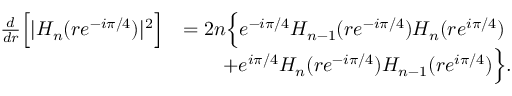
\begin{array} { r l } { \frac { d } { d r } \Big [ | H _ { n } ( r e ^ { - i \pi / 4 } ) | ^ { 2 } \Big ] } & { = 2 n \Big \{ e ^ { - i \pi / 4 } H _ { n - 1 } ( r e ^ { - i \pi / 4 } ) H _ { n } ( r e ^ { i \pi / 4 } ) } \\ & { \qquad + e ^ { i \pi / 4 } H _ { n } ( r e ^ { - i \pi / 4 } ) H _ { n - 1 } ( r e ^ { i \pi / 4 } ) \Big \} . } \end{array}